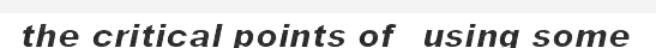
the critical points of  using some